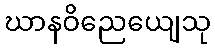
ဃာနဝိညေယျေသု